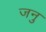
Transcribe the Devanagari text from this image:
जनु